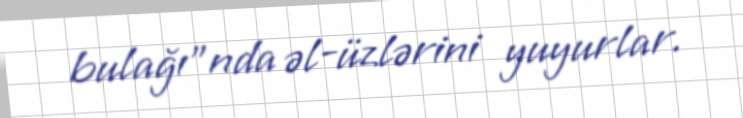
bulağı”nda əl-üzlərini yuyurlar.